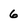
Character: 6